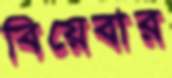
বিয়েবার